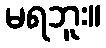
မရဘူး။